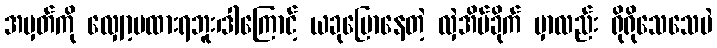
အမှတ်ကို လျှော့မထားရဘူး၊ဒါကြောင့် ယခုပြောနေတဲ့ လှဲအိပ်ခိုက် မှာလည်း ရိုရိုသေသေပဲ